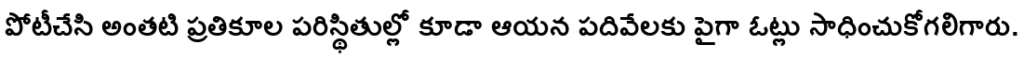
పోటీచేసి అంతటి ప్రతికూల పరిస్థితుల్లో కూడా ఆయన పదివేలకు పైగా ఓట్లు సాధించుకోగలిగారు.